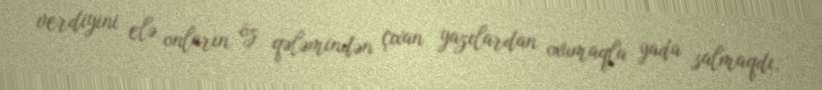
verdiyini elə onların öz qələmindən çıxan yazılardan oxumaqla yada salmaqdı.